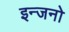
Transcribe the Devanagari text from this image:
इन्जनो